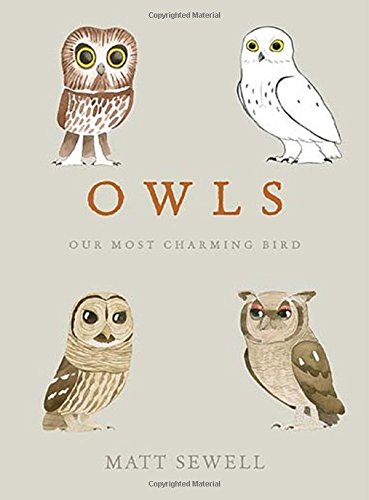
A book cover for Owls: Our Most Charming Bird; Matt Sewell; Humor & Entertainment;